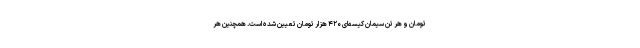
تومان و هر تن سیمان کیسه‌ای ۴۲۰ هزار تومان تعیین شده است. همچنین هر